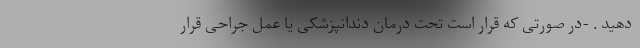
دهید . -در صورتی که قرار است تحت درمان دندانپزشکی یا عمل جراحی قرار